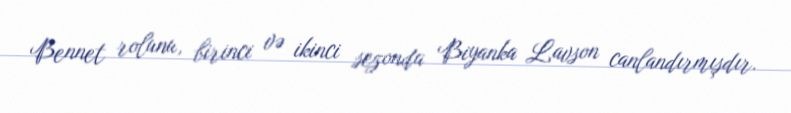
Bennet rolunu, birinci və ikinci sezonda Biyanka Lavson canlandırmışdır.